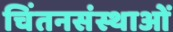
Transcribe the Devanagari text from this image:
चिंतनसंस्थाओं